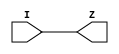
`celldefine
(* is_level_shifter = 1 *)
module LSCELL (  I, Z) ;
(* level_shifter_data_pin  = 1 *)input I;
output Z;

assign Z = I;

endmodule
`endcelldefine